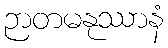
ဉာတမနုဿာနံ